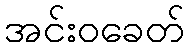
အင်းဝခေတ်